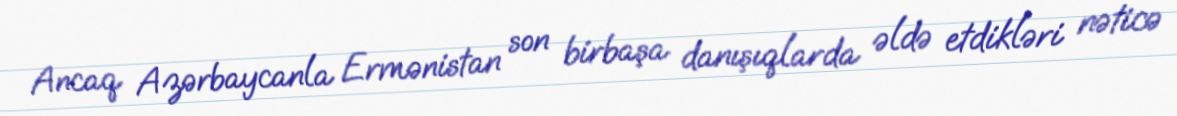
Ancaq Azərbaycanla Ermənistan son birbaşa danışıqlarda əldə etdikləri nəticə